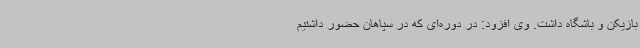
بازیکن و باشگاه داشت. وی افزود: در دوره‌ای که در سپاهان حضور داشتیم